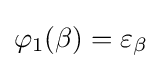
\varphi _{1}(\beta )=\varepsilon _{\beta }